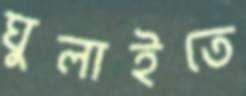
ঘুলাইতে